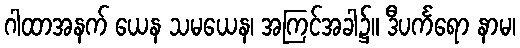
ဂါထာအနက် ယေန သမယေန၊ အကြင်အခါ၌။ ဒီပင်္ကရော နာမ၊